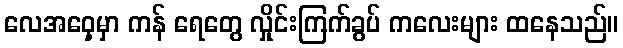
လေအဝှေ့မှာ ကန် ရေတွေ လှိုင်းကြက်ခွပ် ကလေးများ ထနေသည်။